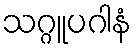
သဂ္ဂူပဂါနံ